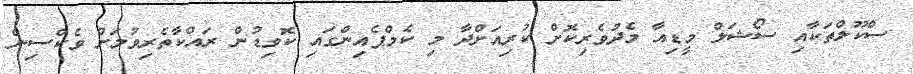
ސްކޫލްތަކާއި ސޯޝަލް މީޑިއާ މެދުވެރިކޮށް ކުރިއަށްދާ މި ކެމްޕެއިންގައި ކޮވިޑުން ރައްކާތެރިވުމަށް ވެކްސިން